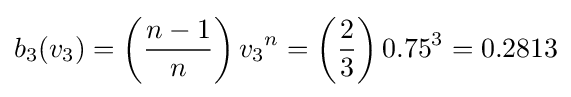
b_{3}(v_{3})=\left({\frac {n-1}{n}}\right){v_{3}}^{n}=\left({\frac {2}{3}}\right){0.75}^{3}=0.2813